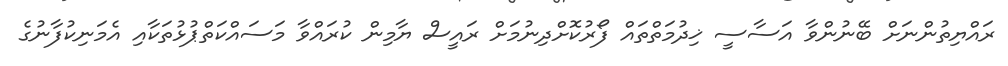
ރައްޔިތުންނަށް ބޭނުންވާ އަސާސީ ޚިދުމަތްތައް ފޯރުކޮށްދިނުމަށް ރައީސް ޔާމިން ކުރައްވާ މަސައްކަތްޕުޅުތަކާއި އެމަނިކުފާނުގެ